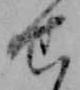
せ